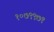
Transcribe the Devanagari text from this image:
१०७९९७१